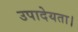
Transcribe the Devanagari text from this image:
उपादेयता।